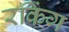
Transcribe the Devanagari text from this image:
रकिंग